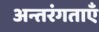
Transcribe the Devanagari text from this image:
अन्तरंगताएँ